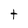
Character: t